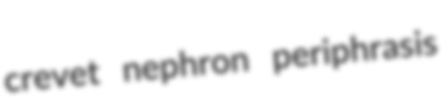
crevet nephron periphrasis